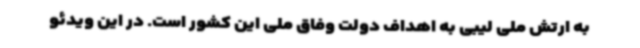
به ارتش ملی لیبی به اهداف دولت وفاق ملی این کشور است. در این ویدئو